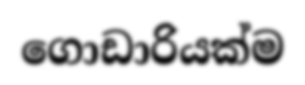
ගොඩාරියක්ම